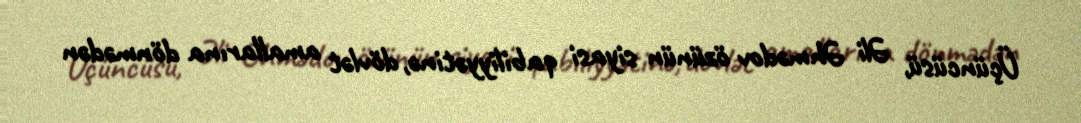
Üçüncüsü, Əli Əhmədov özünün siyasi qabiliyyətinə, dövlət amallarına dönmədən